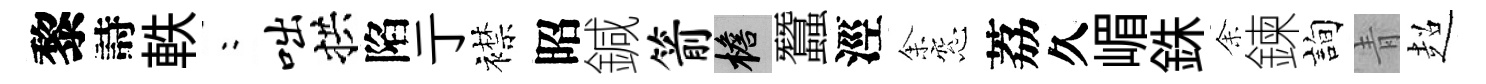
黎詩軼欸咄拱陷亍襟昭鍼箭檐蠶涇𪜬窓荔久嵋銖𪜬鍊詢青超